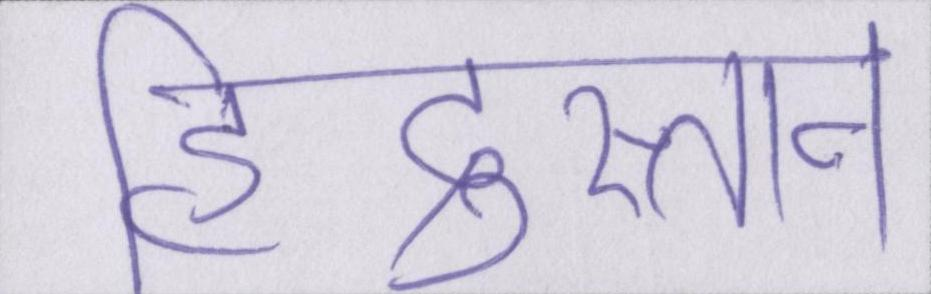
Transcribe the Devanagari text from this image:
हिंदुस्तान